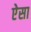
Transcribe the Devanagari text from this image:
ऐेसा